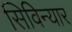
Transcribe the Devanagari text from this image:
सिविन्यार